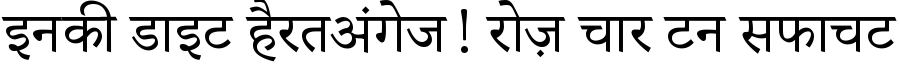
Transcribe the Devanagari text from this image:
इनकी डाइट हैरतअंगेज! रोज़ चार टन सफाचट